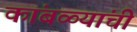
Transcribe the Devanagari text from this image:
कांबळ्यांची